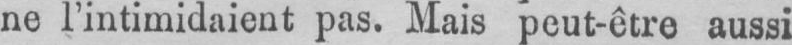
ne l’intimidaient pas. Mais peut-être aussi